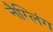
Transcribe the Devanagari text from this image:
नैग्लिंग